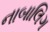
નાબાલિગ